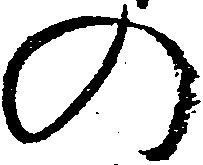
の